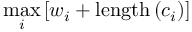
\operatorname* { m a x } _ { i } \left[ w _ { i } + \mathrm { l e n g t h } \left( c _ { i } \right) \right]